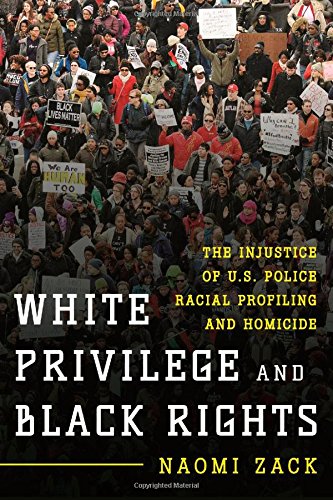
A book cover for White Privilege and Black Rights: The Injustice of U.S. Police Racial Profiling and Homicide; Naomi Zack; Politics & Social Sciences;